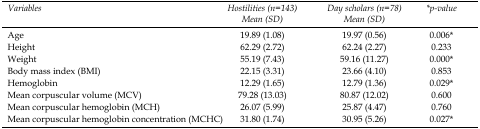
| Variables | Hostilities (n=143) Mean (SD) | Day scholars (n=78) Mean (SD) | *p-value |
 | --- | --- | --- | --- |
 | Age | 19.89 (1.08) | 19.97 (0.56) | 0.006* |
 | Height | 62.29 (2.72) | 62.24 (2.27) | 0.233 |
 | Weight | 55.19 (7.43) | 59.16 (11.27) | 0.000* |
 | Body mass index (BMI) | 22.15 (3.31) | 23.66 (4.10) | 0.853 |
 | Hemoglobin | 12.29 (1.65) | 12.79 (1.36) | 0.029* |
 | Mean corpuscular volume (MCV) | 79.28 (13.03) | 80.87 (12.02) | 0.600 |
 | Mean corpuscular hemoglobin (MCH) | 26.07 (5.99) | 25.87 (4.47) | 0.760 |
 | Mean corpuscular hemoglobin concentration (MCHC) | 31.80 (1.74) | 30.95 (5.26) | 0.027* |